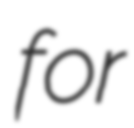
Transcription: for